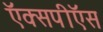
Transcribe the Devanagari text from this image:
ऍक्सपीऍस